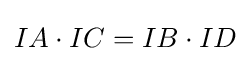
IA\cdot IC=IB\cdot ID